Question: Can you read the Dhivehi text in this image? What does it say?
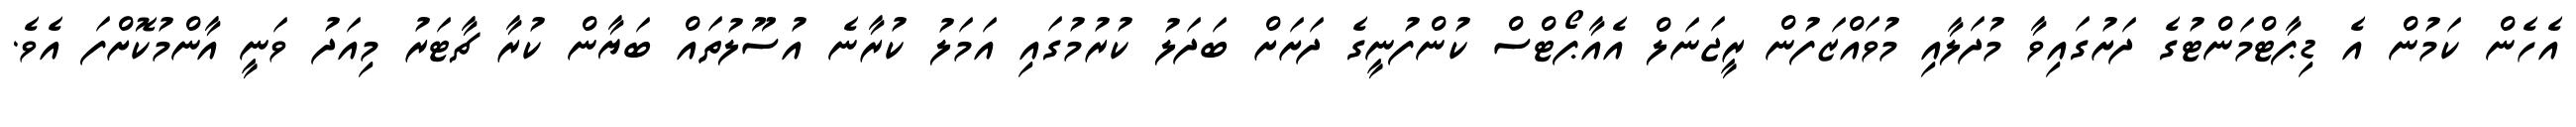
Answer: އެހެން ކަމުން އެ ޑިޕާޓްމަންޓުގެ ދަށުގައިވާ މުދަލާއި މުވައްޒަފުން ރީޖަނަލް އެއާޕޯޓްސް ކުންފުނީގެ ދަށަށް ބަދަލު ކުރުމުގައި އަމަލު ކުރާނެ އުސޫލުތައް ބަޔާން ކުރާ ޗާޓަރު މިއަދު ވަނީ އާންމުކޮށްފަ އެވެ.